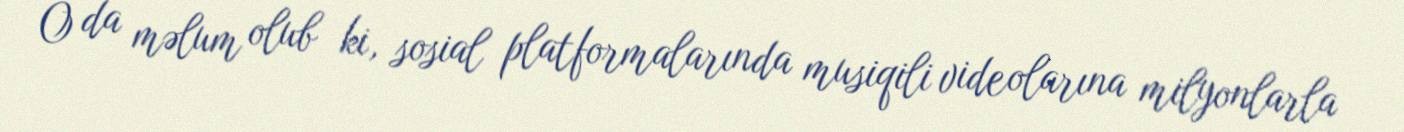
O da məlum olub ki, sosial platformalarında musiqili videolarına milyonlarla